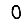
Digit: 0